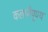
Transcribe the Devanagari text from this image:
कलानैपुण्य